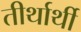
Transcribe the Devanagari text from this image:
तीर्थार्थी